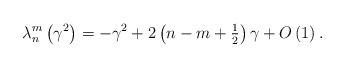
LaTeX: \begin{align*}\lambda_{n}^{m}\left( {\gamma^{2}}\right) =-\gamma^{2}+2\left({n-m+{\tfrac{1}{2}}}\right) \gamma+{O}\left( 1\right) .\end{align*}